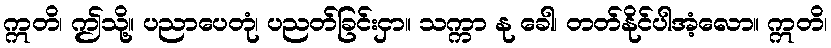
ဣတိ၊ ဤသို့။ ပညာပေတုံ၊ ပညတ်ခြင်းငှာ။ သက္ကာ နု ခေါ၊ တတ်နိုင်ပါအံ့လော။ ဣတိ၊